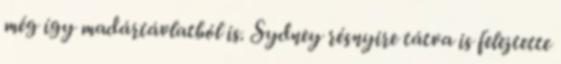
még így madártávlatból is. Sydney résnyire tátva is felejtette